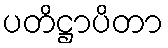
ပတိဋ္ဌာပိတာ